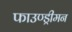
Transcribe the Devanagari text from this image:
फाउण्ड्रीमन